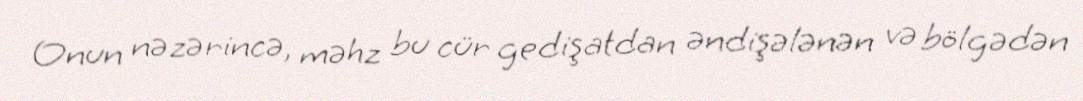
Onun nəzərincə, məhz bu cür gedişatdan əndişələnən və bölgədən